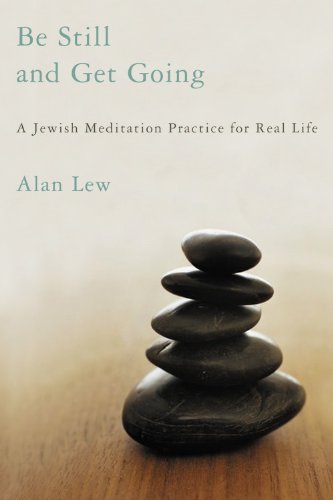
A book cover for Be Still and Get Going: A Jewish Meditation Practice for Real Life; Alan Lew; Religion & Spirituality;